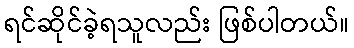
ရင်ဆိုင်ခဲ့ရသူလည်း ဖြစ်ပါတယ်။